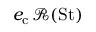
e _ { \mathrm { c } } \, \mathscr { R } ( { \mathrm { S t } } )